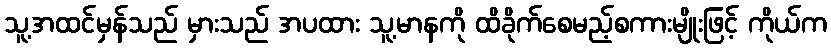
သူ့အထင်မှန်သည် မှားသည် အပထား သူ့မာနကို ထိခိုက်စေမည့်စကားမျိုးဖြင့် ကိုယ်က